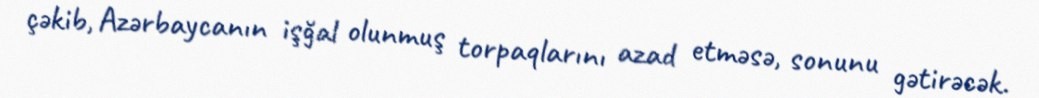
çəkib, Azərbaycanın işğal olunmuş torpaqlarını azad etməsə, sonunu gətirəcək.